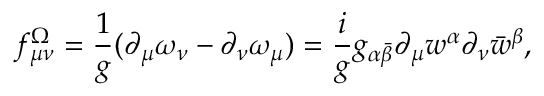
f _ { \mu \nu } ^ { \Omega } = { \frac { 1 } { g } } ( \partial _ { \mu } \omega _ { \nu } - \partial _ { \nu } \omega _ { \mu } ) = { \frac { i } { g } } g _ { \alpha \bar { \beta } } \partial _ { \mu } w ^ { \alpha } \partial _ { \nu } \bar { w } ^ { \beta } ,